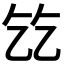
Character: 𬼠